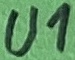
Text: U1